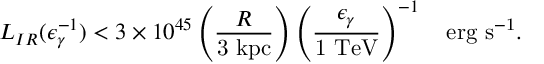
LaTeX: L _ { I R } ( \epsilon _ { \gamma } ^ { - 1 } ) < 3 \times 1 0 ^ { 4 5 } \left( \frac { R } { \mathrm { 3 \ k p c } } \right) \left( \frac { \epsilon _ { \gamma } } { \mathrm { 1 \ T e V } } \right) ^ { - 1 } \ \ \ \mathrm { e r g \ s ^ { - 1 } } .